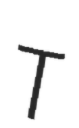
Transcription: T